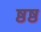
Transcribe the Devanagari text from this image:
ष्ठष्ठ